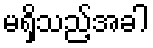
မရှိသည့်အခါ